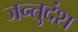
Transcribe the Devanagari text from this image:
जन्तुदंश